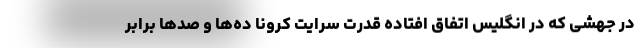
در جهشی که در انگلیس اتفاق افتاده قدرت سرایت کرونا ده‌ها و صدها برابر